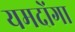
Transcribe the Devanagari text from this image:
यमदोंगा